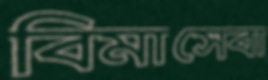
বিমাসেবা